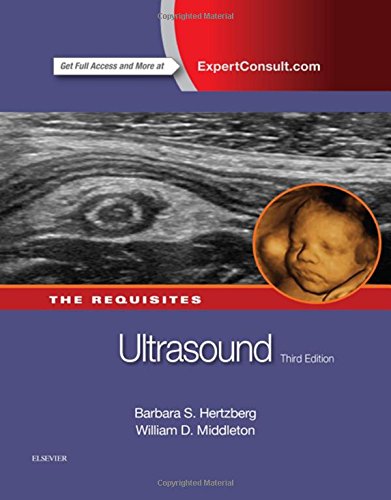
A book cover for Ultrasound: The Requisites, 3e (Requisites in Radiology); Barbara S. Hertzberg MD  FACR; Medical Books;